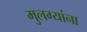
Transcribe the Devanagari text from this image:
मुलग्यांना